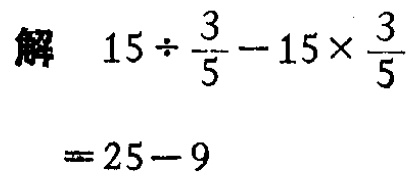
解 \(15\div\frac{3}{5}-15\times\frac{3}{5}\)
\(=25 - 9\)